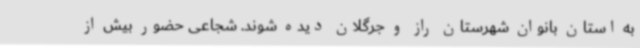
به استان بانوان شهرستان راز و جرگلان دیده شوند. شجاعی حضور بیش از